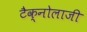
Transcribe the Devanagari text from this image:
टैक्नोलाजी